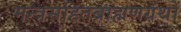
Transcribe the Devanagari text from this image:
मन्त्रसहितब्राह्मणग्रंथों